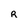
Character: R